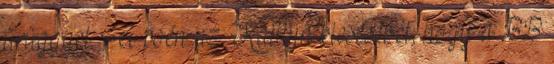
ürüggyel. A poén az Kaitlyn kiesésével, hogy a BB